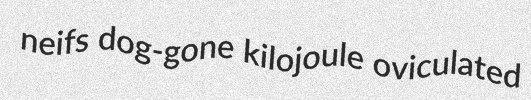
neifs dog-gone kilojoule oviculated